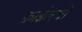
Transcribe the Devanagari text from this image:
फ़ाईलची